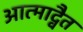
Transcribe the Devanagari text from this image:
आत्माद्वैत